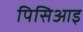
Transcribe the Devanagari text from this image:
पिसिआइ